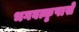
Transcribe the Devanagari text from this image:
भगवत्कृपासे